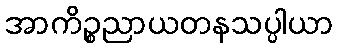
အာကိဉ္စညာယတနသပ္ပါယာ